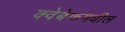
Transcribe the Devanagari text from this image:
क्वेबेकमधील